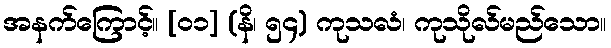
အနက်ကြောင့်။ [၀၁] (နိ၊ ၅၄) ကုသလံ၊ ကုသိုလ်မည်သော။